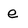
Character: e